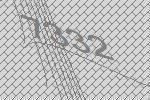
7332